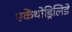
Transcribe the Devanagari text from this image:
एकेंथोड्रिलिडे